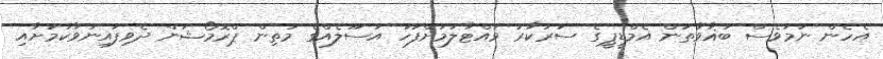
އެހެން ނަމަވެސް ބަޣާވާތުން އެމްޑީޕީގެ ސަރުކާރު ވައްޓާލުމަށްފަހު އުސޫލެއްގެ މަތިން ޕްރޮމޯޝަން ދެވިފައިނުވާކަމަށާއި